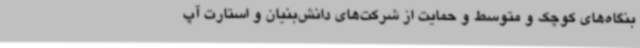
بنگاه‌های کوچک و متوسط و حمایت از شرکت‌های دانش‌بنیان و استارت آپ